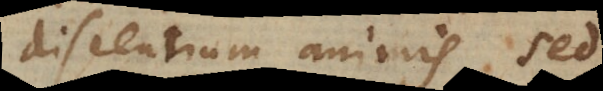
discentium animis, sed